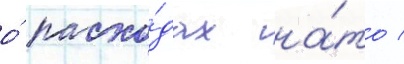
о́ расхо́дах на́то /